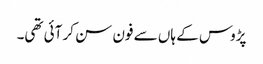
پڑوس کے ہاں سے فون سن کر آئی تھی۔